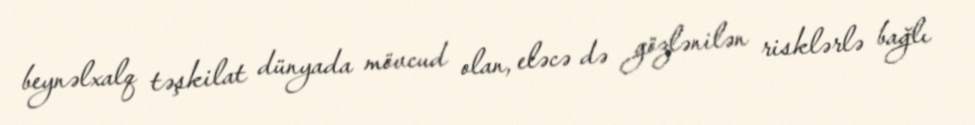
beynəlxalq təşkilat dünyada mövcud olan, eləcə də gözlənilən risklərlə bağlı